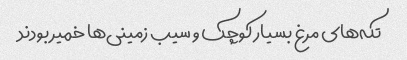
تکه‌های مرغ بسیار کوچک و سیب زمینی‌ها خمیر بودند